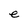
Character: e